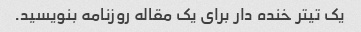
یک تیتر خنده دار برای یک مقاله روزنامه بنویسید.